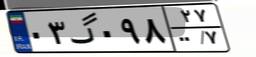
۶۴گ۱۰۹۹۰